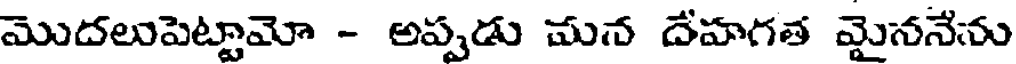
మొదలుపెట్టామో - అప్పడు మన దేహగత మైననేను